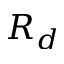
R _ { d }